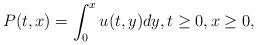
LaTeX: \begin{align*}P(t,x)=\int_0^x u(t,y)dy,t\ge 0,x\ge 0,\end{align*}